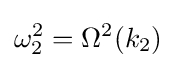
\omega _{2}^{2}=\Omega ^{2}(k_{2})